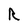
Character: R